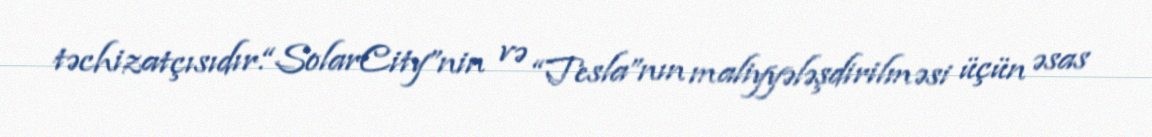
təchizatçısıdır.“SolarCity”nin və “Tesla”nın maliyyələşdirilməsi üçün əsas